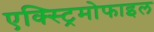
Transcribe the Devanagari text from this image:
एक्स्ट्रिमोफाइल